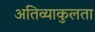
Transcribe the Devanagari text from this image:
अतिव्याकुलता